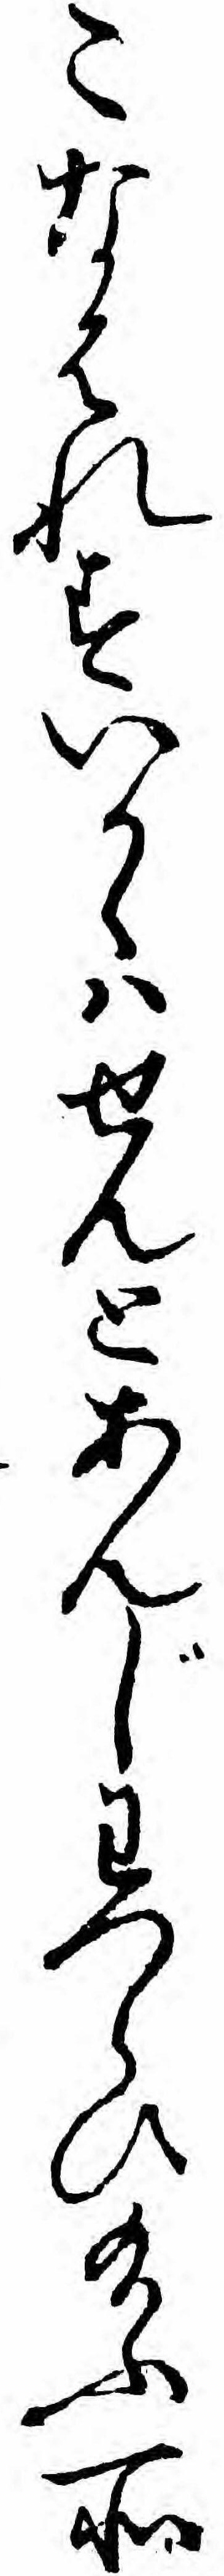
こなはれすいかゝハせんとあんじわつらひ給ふ所